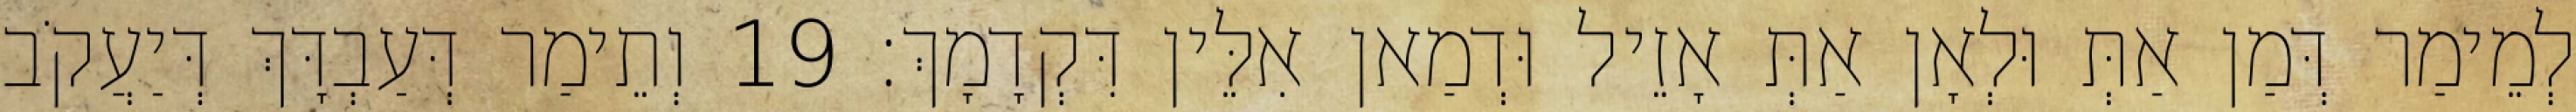
לְמֵימַר דְּמַן אַתְּ וּלְאָן אַתְּ אָזֵיל וּדְמַאן אִלֵּין דִּקְדָמָךְ׃ 19 וְתֵימַר דְּעַבְדָּךְ דְּיַעֲקֹב